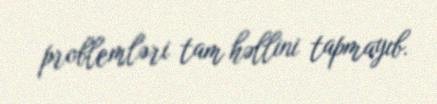
problemləri tam həllini tapmayıb.